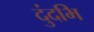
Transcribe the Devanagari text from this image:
दुंदभि